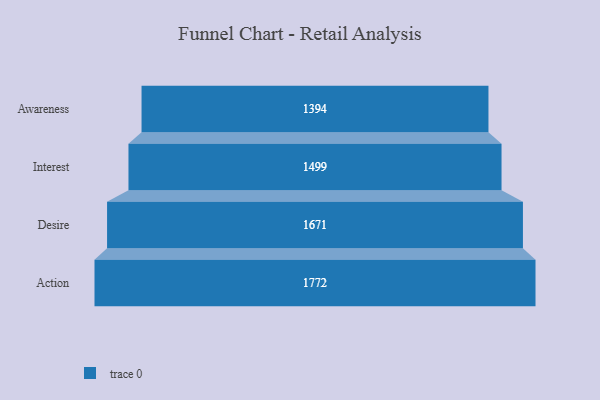
{"axis": {"x": "Stage", "y": "Value"}, "legend": [""], "data": [{"x": "Awareness", "y": 1394.0, "type": ""}, {"x": "Interest", "y": 1499.0, "type": ""}, {"x": "Desire", "y": 1671.0, "type": ""}, {"x": "Action", "y": 1772.0, "type": ""}]}